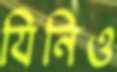
যিনিও